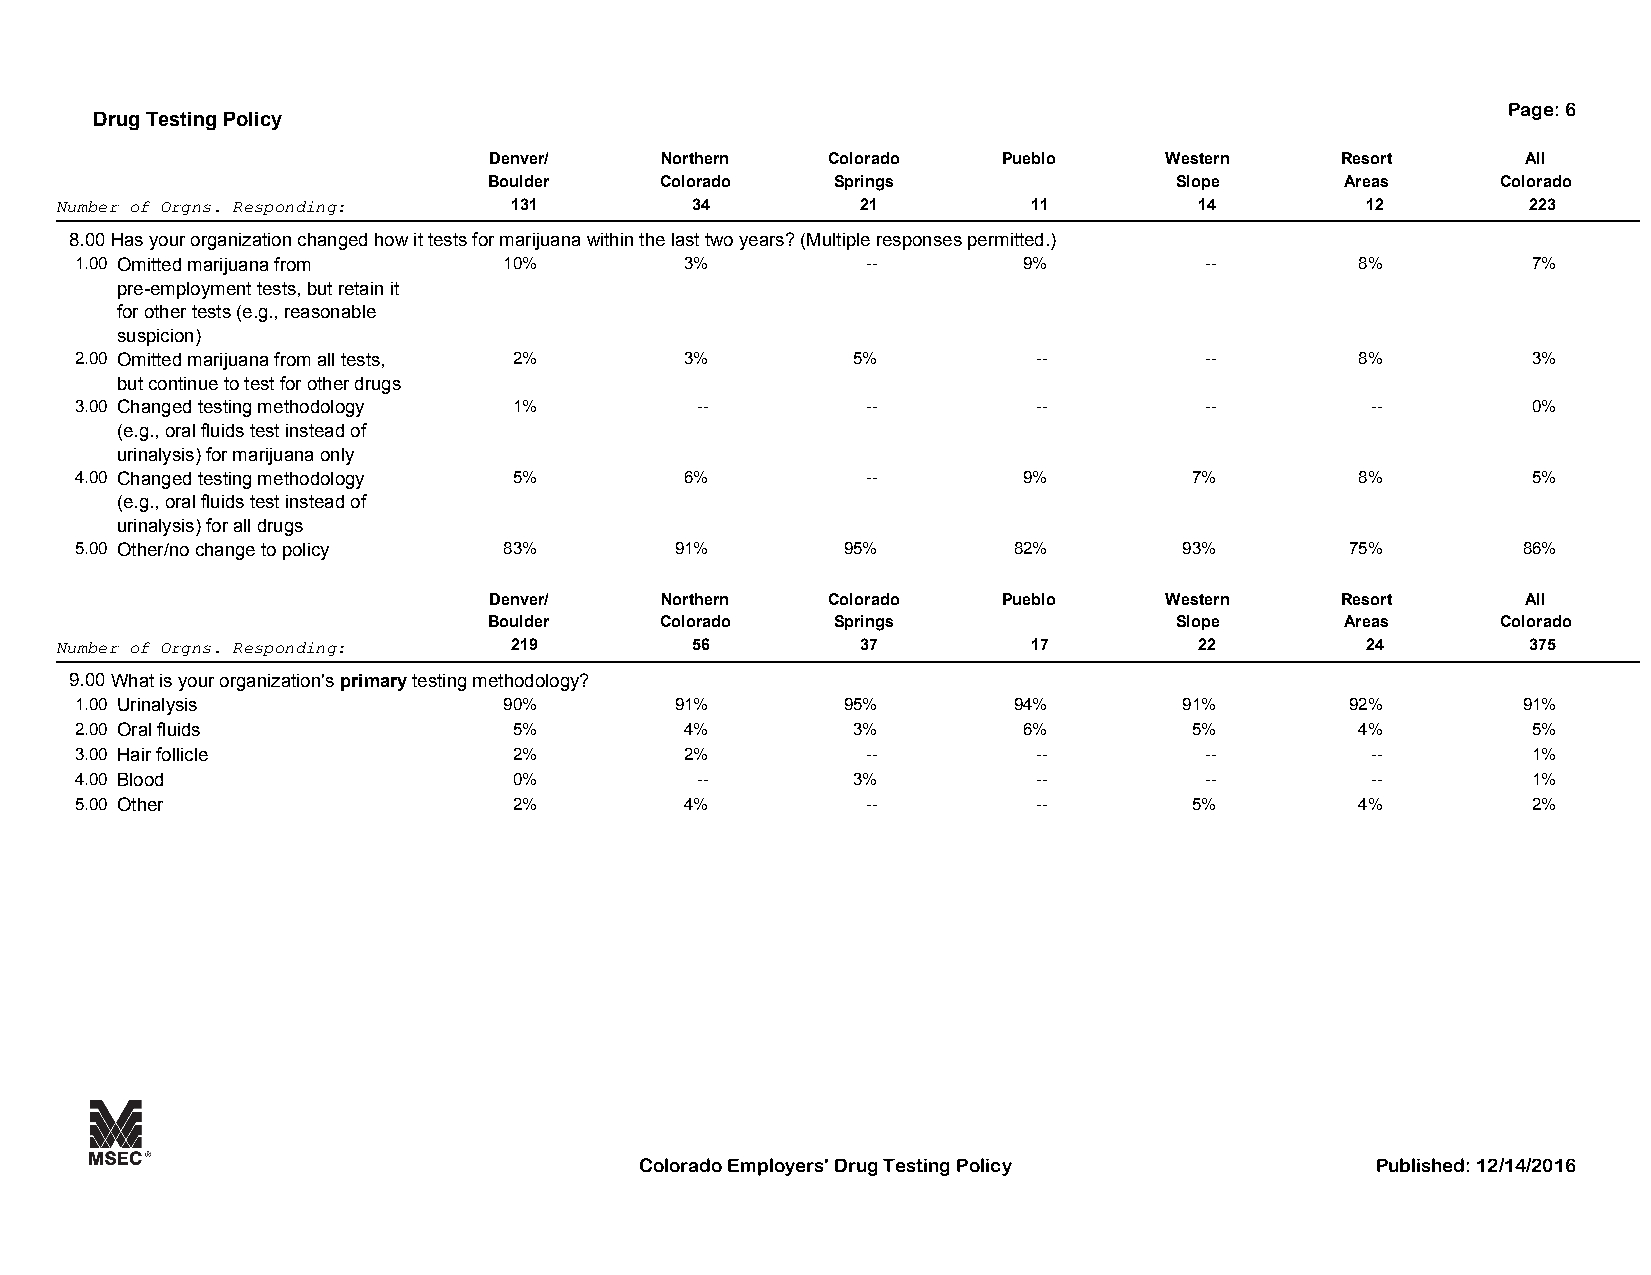
Page: 6
 Drug Testing Policy
 Denver/     Northern   Colorado   Pueblo     Western     Resort      All
 Boulder     Colorado   Springs                Slope      Areas     Colorado
 Number of Orgns. Responding:  131         34         21         11         14         12         223
 8.00Has your organization changed how it tests for marijuana within the last two years? (Multiple responses permitted.)
 1.00 Omitted marijuana from 10%         3%          --         9%          --        8%         7%
 pre-employment tests, but retain it
 for other tests (e.g., reasonable
 suspicion)
 2.00 Omitted marijuana from all tests, 2% 3%       5%           --         --        8%         3%
 but continue to test for other drugs
 3.00 Changed testing methodology 1%      --         --          --         --         --        0%
 (e.g., oral fluids test instead of
 urinalysis) for marijuana only
 4.00 Changed testing methodology 5%     6%          --         9%         7%         8%         5%
 (e.g., oral fluids test instead of
 urinalysis) for all drugs
 5.00 Other/no change to policy 83%      91%        95%        82%        93%        75%         86%
 Denver/     Northern   Colorado   Pueblo     Western     Resort      All
 Boulder     Colorado   Springs                Slope      Areas     Colorado
 Number of Orgns. Responding:  219         56         37         17         22         24         375
 9.00What is your organization's primary testing methodology?
 1.00 Urinalysis             90%         91%        95%        94%        91%        92%         91%
 2.00 Oral fluids             5%         4%         3%          6%         5%         4%         5%
 3.00 Hair follicle           2%         2%          --          --         --         --        1%
 4.00 Blood                   0%          --        3%           --         --         --        1%
 5.00 Other                   2%         4%          --          --        5%         4%         2%
 Colorado Employers' Drug Testing Policy          Published: 12/14/2016